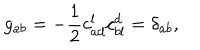
g _ { a b } = - \frac { 1 } { 2 } c _ { a d } ^ { l } c _ { b l } ^ { d } = \delta _ { a b } ,